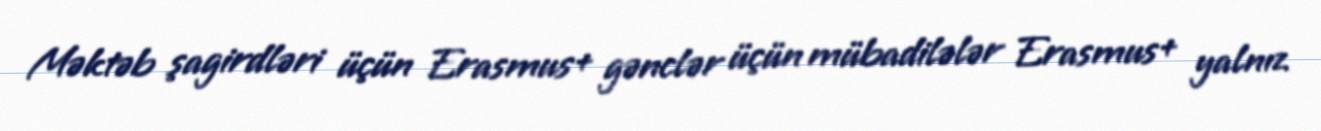
Məktəb şagirdləri üçün Erasmus+ gənclər üçün mübadilələr Erasmus+ yalnız